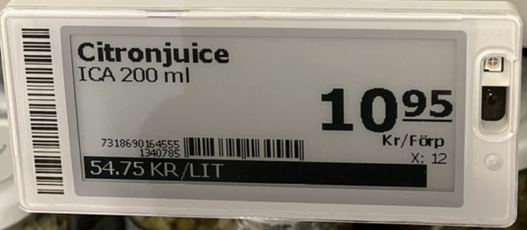
Vara: Citronjuice
Genomsnittspris: 54.75 per L